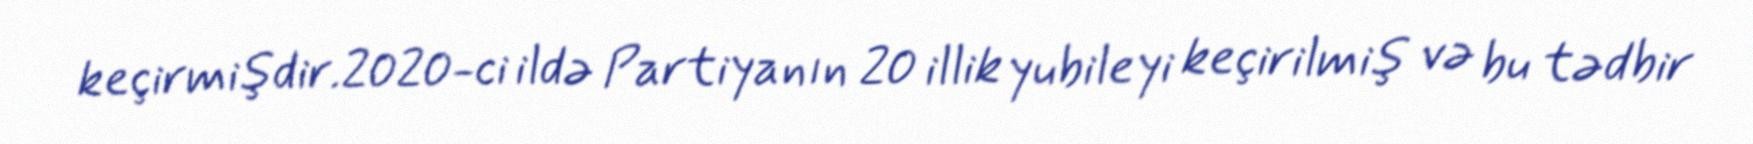
keçirmişdir.2020-ci ildə Partiyanın 20 illik yubileyi keçirilmiş və bu tədbir